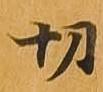
切